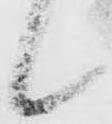
候